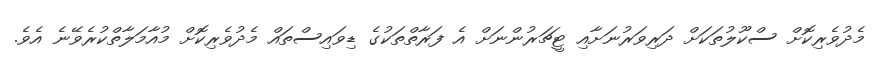
މެދުވެރިކޮށް ސްކޫލުތަކަށް ދަރިވަރުނަށާއި ޓީޗަރުންނަށް އެ ފަރާތްތަކުގެ ޑިވައިސްތައް މެދުވެރިކޮށް މުއާމަލާތްކުރެވޭނެ އެވެ.